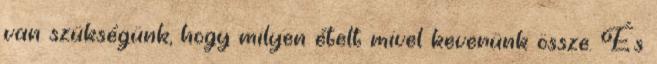
van szükségünk, hogy milyen ételt mivel keverünk össze. És